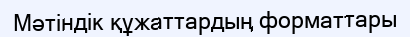
Мәтіндік құжаттардың форматтары